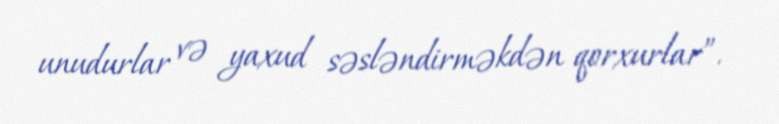
unudurlar və yaxud səsləndirməkdən qorxurlar”.